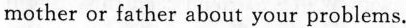
mother or father about your problems.